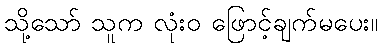
သို့သော် သူက လုံးဝ ဖြောင့်ချက်မပေး။